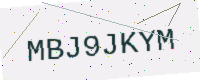
Text: MBJ9JKYM